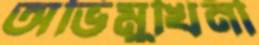
অভিমুখিনী